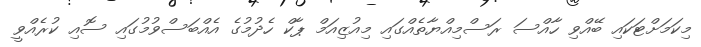
މިކަމަށްޓަކައި ބޭއްވި ހާއްސަ ރަސްމިއްޔާތެއްގައި މިއުޒިއަމް ޕާކް ހެދުމުގެ އެއްބަސްވުމުގައި ސޮއި ކުރެއްވީ